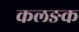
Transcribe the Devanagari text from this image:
कलङक